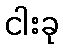
ငါးခု